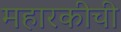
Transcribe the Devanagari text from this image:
महारकीची